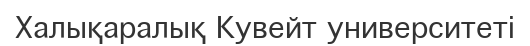
Халықаралық Кувейт университеті